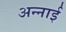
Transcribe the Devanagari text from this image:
अन्नाई